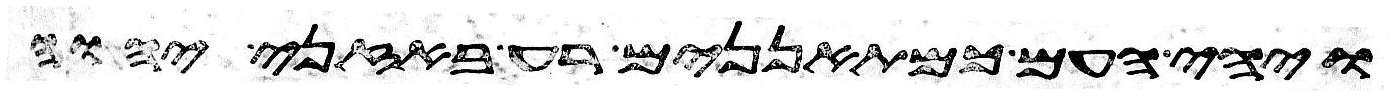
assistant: ויהי העם כמתאננים רע באזני יהוה